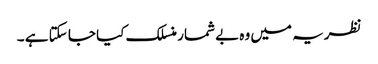
نظریہ میں وہ بے شمار منسلک کیا جا سکتا ہے ۔